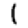
Digit: 1